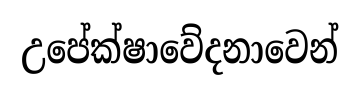
උපේක්ෂාවේදනාවෙන්